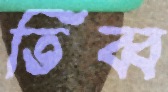
তিব্ব